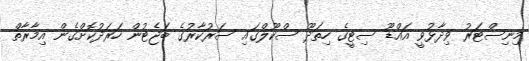
މިނިސްޓަރު ވިދާޅުވީ އައްޑޫ ސިޓީގެ ހިތަދޫ ސްކޫލްގައި ސަރުކާރުގެ ބަޖެޓުން ހަރަދުކޮށްގެން އިމާރާތް